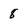
Character: 8